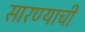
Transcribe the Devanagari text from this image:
सारण्याची